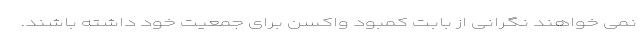
نمی خواهند نگرانی از بابت کمبود واکسن برای جمعیت خود داشته باشند.